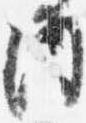
内